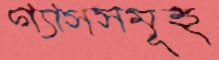
গ্যাসসমূহ